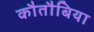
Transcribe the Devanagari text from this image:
कौतौबिया